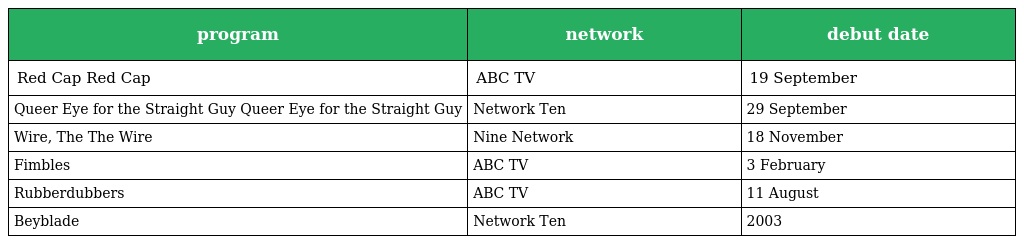
| program | network | debut date |
 | --- | --- | --- |
 | Red Cap Red Cap | ABC TV | 19 September |
 | Queer Eye for the Straight Guy Queer Eye for the Straight Guy | Network Ten | 29 September |
 | Wire, The The Wire | Nine Network | 18 November |
 | Fimbles | ABC TV | 3 February |
 | Rubberdubbers | ABC TV | 11 August |
 | Beyblade | Network Ten | 2003 |